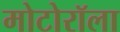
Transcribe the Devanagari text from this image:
मोटोरॉला